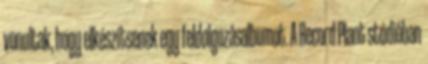
vonultak, hogy elkészítsenek egy feldolgozásalbumot. A Record Plant stúdióban